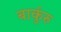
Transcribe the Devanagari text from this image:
बार्कुरु